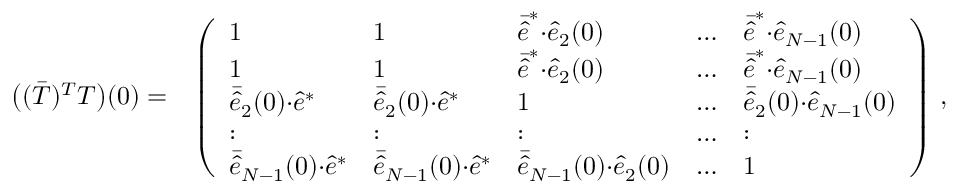
\begin{array} { r l } { \big ( ( \bar { T } ) ^ { T } T \big ) ( 0 ) = } & { \left( \begin{array} { l l l l l } { 1 } & { 1 } & { \bar { \hat { e } } ^ { * } { \cdot } \hat { e } _ { 2 } ( 0 ) } & { \dots } & { \bar { \hat { e } } ^ { * } { \cdot } \hat { e } _ { N - 1 } ( 0 ) } \\ { 1 } & { 1 } & { \bar { \hat { e } } ^ { * } { \cdot } \hat { e } _ { 2 } ( 0 ) } & { \dots } & { \bar { \hat { e } } ^ { * } { \cdot } \hat { e } _ { N - 1 } ( 0 ) } \\ { \bar { \hat { e } } _ { 2 } ( 0 ) { \cdot } \hat { e } ^ { * } } & { \bar { \hat { e } } _ { 2 } ( 0 ) { \cdot } \hat { e } ^ { * } } & { 1 } & { \dots } & { \bar { \hat { e } } _ { 2 } ( 0 ) { \cdot } \hat { e } _ { N - 1 } ( 0 ) } \\ { : } & { : } & { : } & { \dots } & { : } \\ { \bar { \hat { e } } _ { N - 1 } ( 0 ) { \cdot } \hat { e } ^ { * } } & { \bar { \hat { e } } _ { N - 1 } ( 0 ) { \cdot } \hat { e } ^ { * } } & { \bar { \hat { e } } _ { N - 1 } ( 0 ) { \cdot } \hat { e } _ { 2 } ( 0 ) } & { \dots } & { 1 } \end{array} \right) \, , } \end{array}